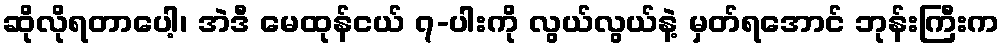
ဆိုလိုရတာပေါ့၊ အဲဒီ မေထုန်ငယ် ၇-ပါးကို လွယ်လွယ်နဲ့ မှတ်ရအောင် ဘုန်းကြီးက